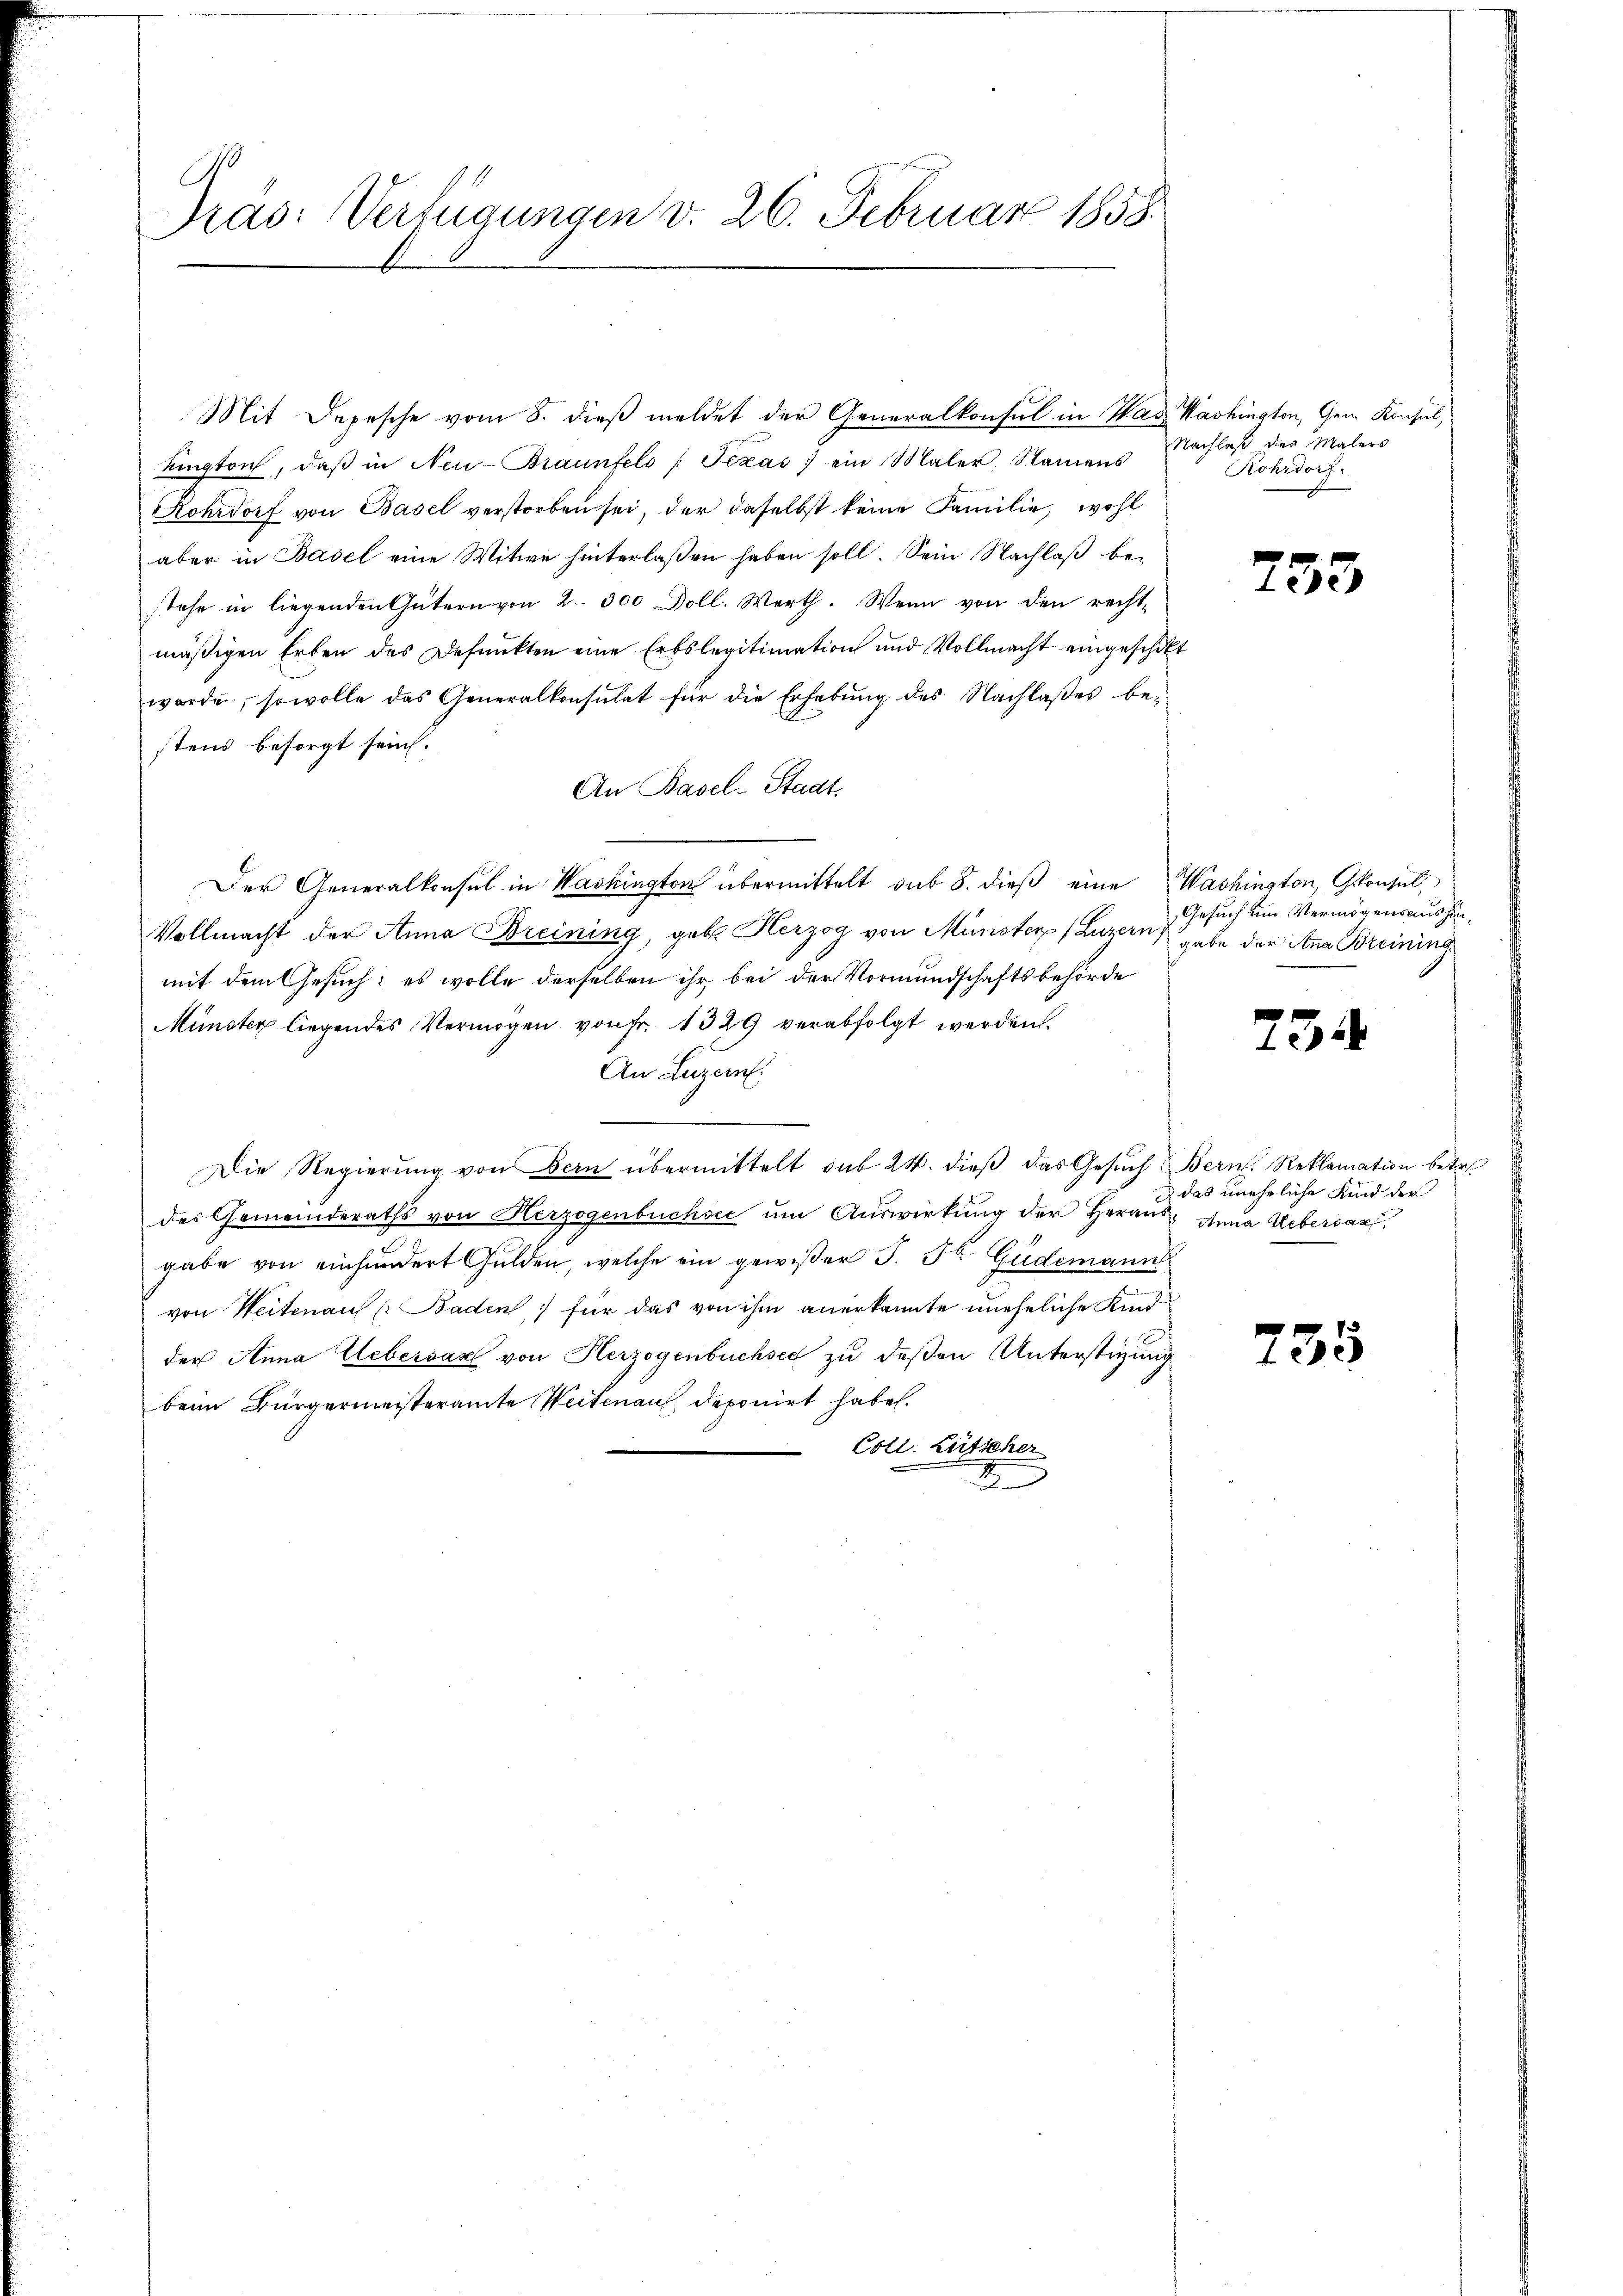
Dras: Verfügungen v. 26. Februar 1858.

Mit Depesche vom 8. dieß meldet der Generalkonsul in Was Washington, Gem. Konsul,
uington, daβ in Neu-Braunfels / Texas ein Maler, Namens
Kohrdorf von Basel verstorben sei, der daselbst keine Familie, wohl
aber in Basel eine Witwe hinterlaßen haben soll. Sein Nachlaß bestehe in liegenden Gütern von 2300 Doll. Werth. Wenn von den recht-
mäßigen Erben des Defunkten eine Erbslegitimation und Vollmacht eingeschikt
worde, sowolle das Generalkonsulat für die Erhebŭng des Nachlaβes be-
stens besorgt sein.
An Basel-Stadt.
Der Generalkonsul in Washington übermittelt sub 8. dieß eine Washington, Gkonsul
Vollmacht der Anna Breining, geb. Herzog von Münsterp (Luzern habe der Ana Breining
mit dem Gesuch; es wolle derselben ihr bei der Vormundschaftsbehörde
Münster liegendes Vermögen von Fr. 1329 verabfolgt werden.
An Luzern.
.
Die Regierŭng von Bern übermittelt sub 24. dieβ das Gesŭch Bern. Reklamation betr.
des Gemeinderaths von Herzogenbuchsee ŭm Aŭswirkung der Heraus Anna Webersan
gabe von einhundert Gulden, welche ein gewißer J. Fr. Güdemann
von Weitenau (Baden für das von ihm anerkannte uneheliche Kind
der Anna Uebersar von Herzogenbuchsee zu deßen Unterstigung
beim Bürgermeisteramte Weitenau, deponirt habe.
Coll. Lütscher

Nachlaß der Malers
Kohrdorf.

733

Gesuch um Vermögensaushin¬

734

das uneheliche Kind der

735